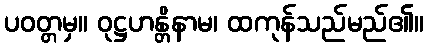
ပဝတ္တမှ။ ဝုဋ္ဌဟန္တိနာမ၊ ထကုန်သည်မည်၏။